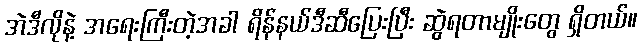
အဲဒီလိုနဲ့ အရေးကြီးတဲ့အခါ ရိန်နယ်ဒီဆီပြေးပြီး ဆွဲရတာမျိုးတွေ ရှိတယ်။